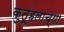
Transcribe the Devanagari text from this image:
कुतूहलाच्या